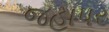
જહાપર